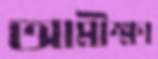
আমীক্ষা